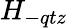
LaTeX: H_{-qtz}